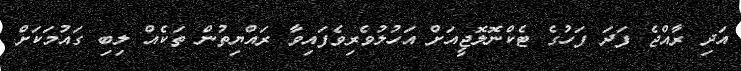
އަދި ރާއްޖެ ފަދަ ފަހުގެ ޓެކްނޮލޮޖީއަށް އަހުލުވެރިވެފައިވާ ރައްޔިތުން ތަކެއް ލިބި ގައުމަކަށް